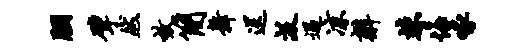
胭擘然效简舞送汲遇凉辫竦悔啄